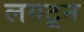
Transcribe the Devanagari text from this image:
लगटून